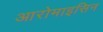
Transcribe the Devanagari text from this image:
आरोमाइसिन